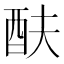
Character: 酜